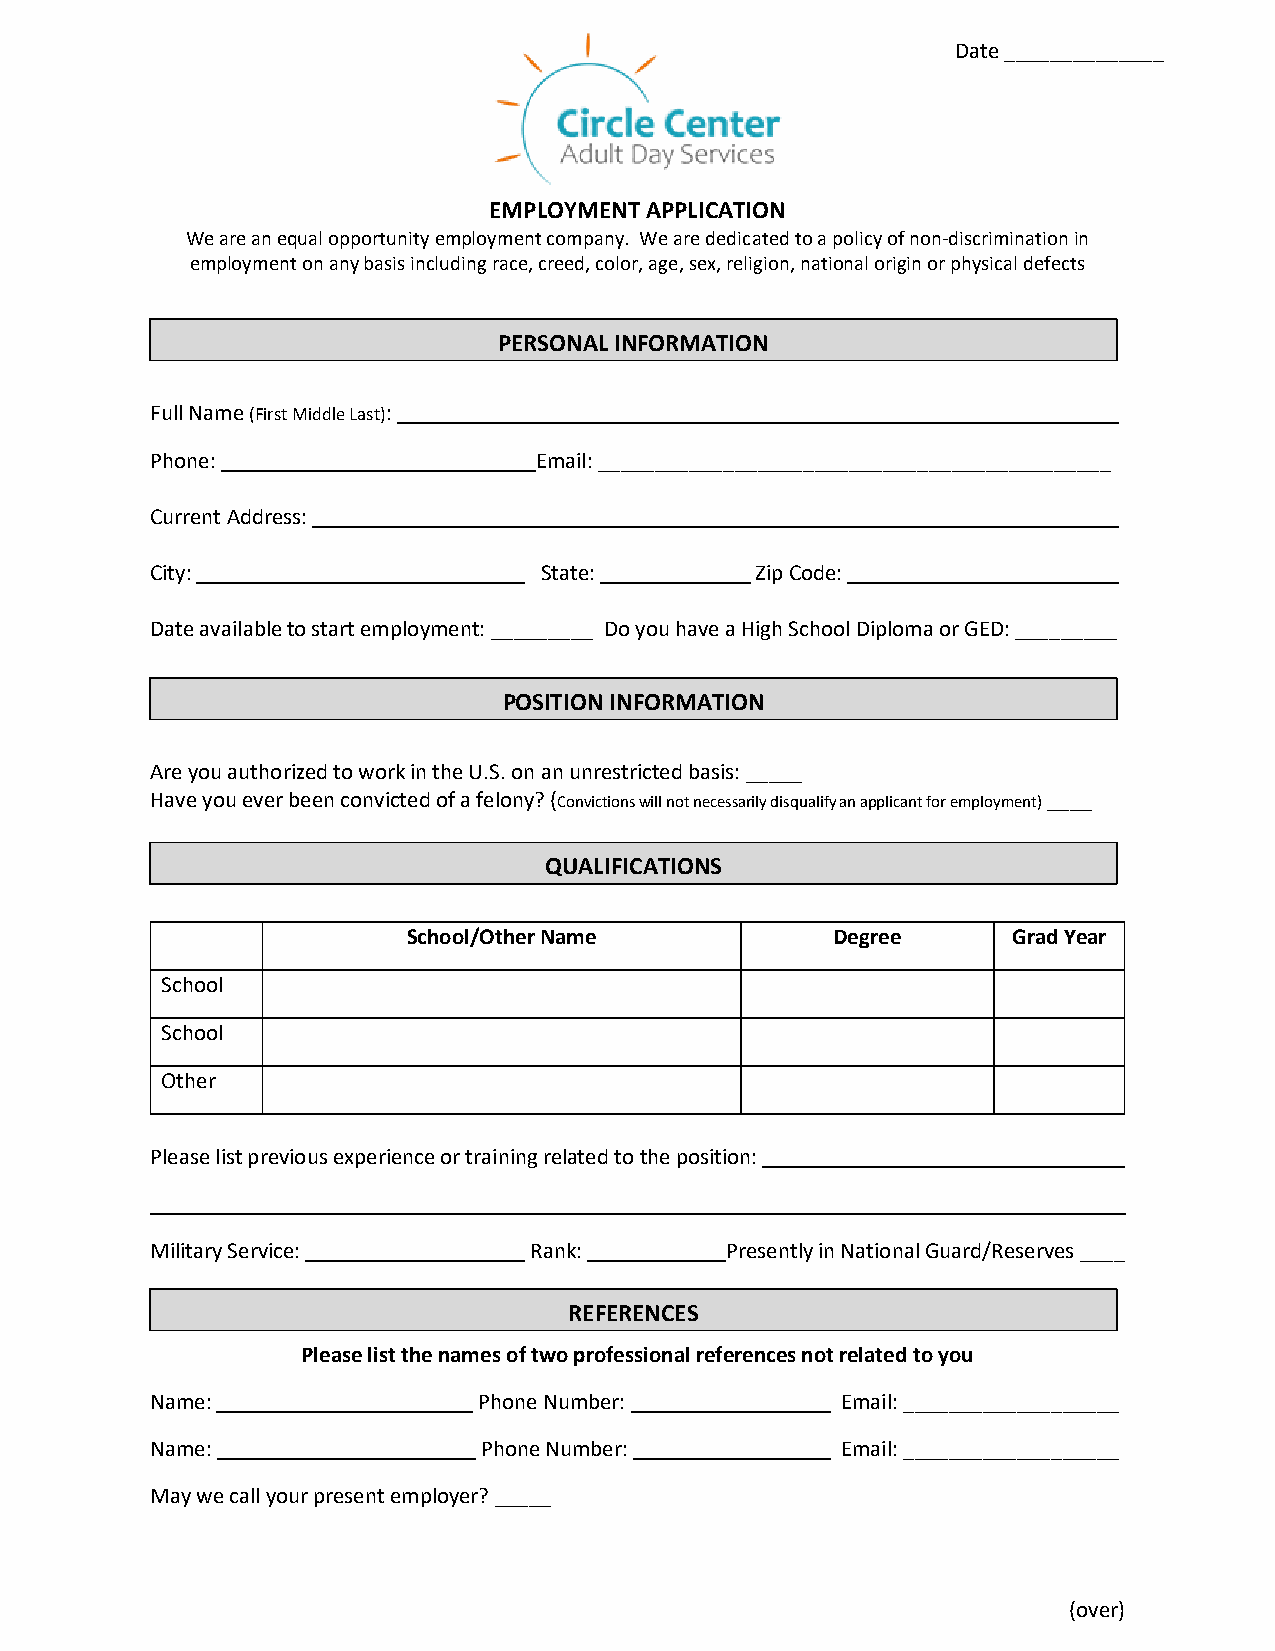
Date ______________
 EMPLOYMENT APPLICATION
 We are an equal opportunity employment company. We are dedicated to a policy of non-discrimination in
 employment on any basis including race, creed, color, age, sex, religion, national origin or physical defects
 PERSONAL INFORMATION
 Full Name (First Middle Last):                              ______
 Phone:                   Email: _____________________________________________
 Current Address:                                            ______
 City:                     State:        Zip Code:           ______
 Date available to start employment: _________ Do you have a High School Diploma or GED: _________
 POSITION INFORMATION
 Are you authorized to work in the U.S. on an unrestricted basis: _____
 Have you ever been convicted of a felony? (Convictions will not necessarily disqualify an applicant for employment) ____
 QUALIFICATIONS
 School/Other Name           Degree      Grad Year
 School
 School
 Other
 Please list previous experience or training related to the position:
 Military Service:        Rank:     ____ Presently in National Guard/Reserves ____
 REFERENCES
 Please list the names of two professional references not related to you
 Name:     ________  __ Phone Number: _______  Email: ___________________
 Name:     ______________ Phone Number: _______ Email: ___________________
 May we call your present employer? _____
 (over)